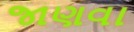
જાણવા